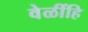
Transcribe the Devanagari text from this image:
वेळींहि